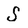
Character: S